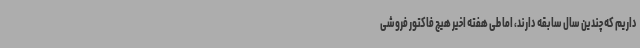
داریم که چندین سال سابقه دارند، اما طی هفته اخیر هیچ فاکتور فروشی